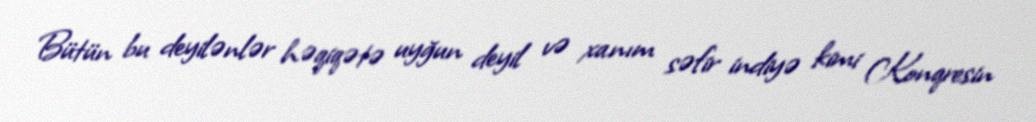
Bütün bu deyilənlər həqiqətə uyğun deyil və xanım səfir indiyə kimi Konqresin